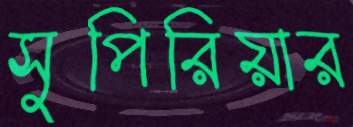
সুপিরিয়ার